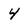
Character: 4